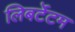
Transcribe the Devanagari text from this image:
लिबर्टेटम